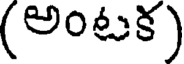
(అంటక)